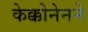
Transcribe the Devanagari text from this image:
केक्कोनेनने